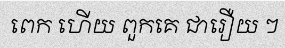
ពេក ហើយ ពួកគេ ជារឿយ ៗ